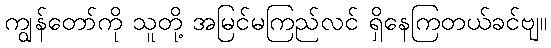
ကျွန်တော်ကို သူတို့ အမြင်မကြည်လင် ရှိနေကြတယ်ခင်ဗျ။